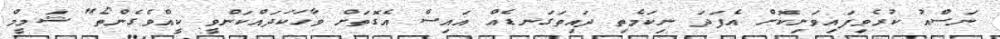
ނަސްއު ކުރެވިފައިވަނިކޮށް އެފަދަ ނިކަމެތި ދައިތަގަނޑެއް އައިސް އެގޮތަށް ވާހަކަދައްކަންވީ ކީއްވެގެންތޯ" ޝަމީމް